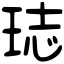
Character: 𤥴